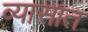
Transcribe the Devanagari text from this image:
व्यासात